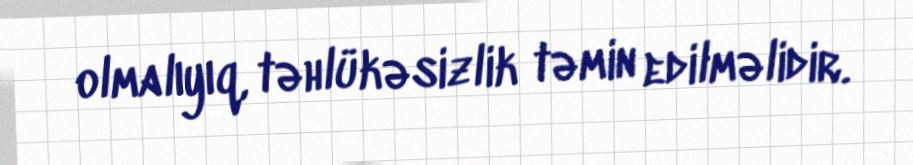
olmalıyıq, təhlükəsizlik təmin edilməlidir.